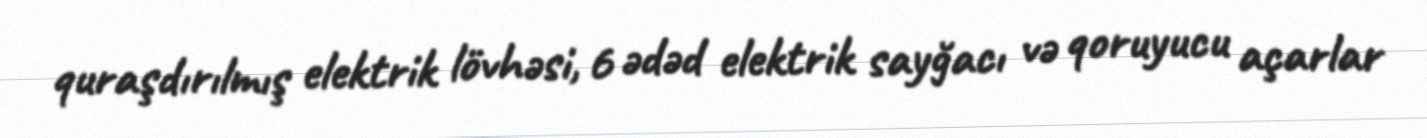
quraşdırılmış elektrik lövhəsi, 6 ədəd elektrik sayğacı və qoruyucu açarlar